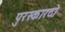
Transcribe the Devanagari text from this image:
पुरस्कारदो